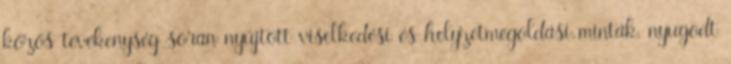
közös tevékenység során nyújtott viselkedési és helyzetmegoldási minták, nyugodt